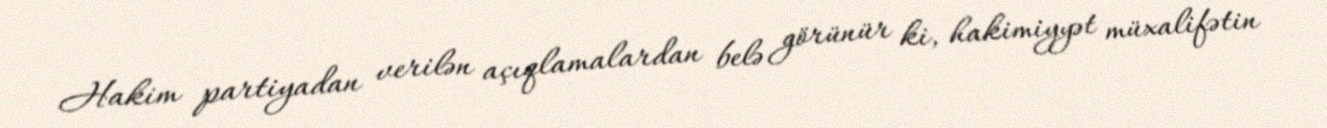
Hakim partiyadan verilən açıqlamalardan belə görünür ki, hakimiyyət müxalifətin